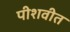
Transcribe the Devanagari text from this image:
पीशवीत